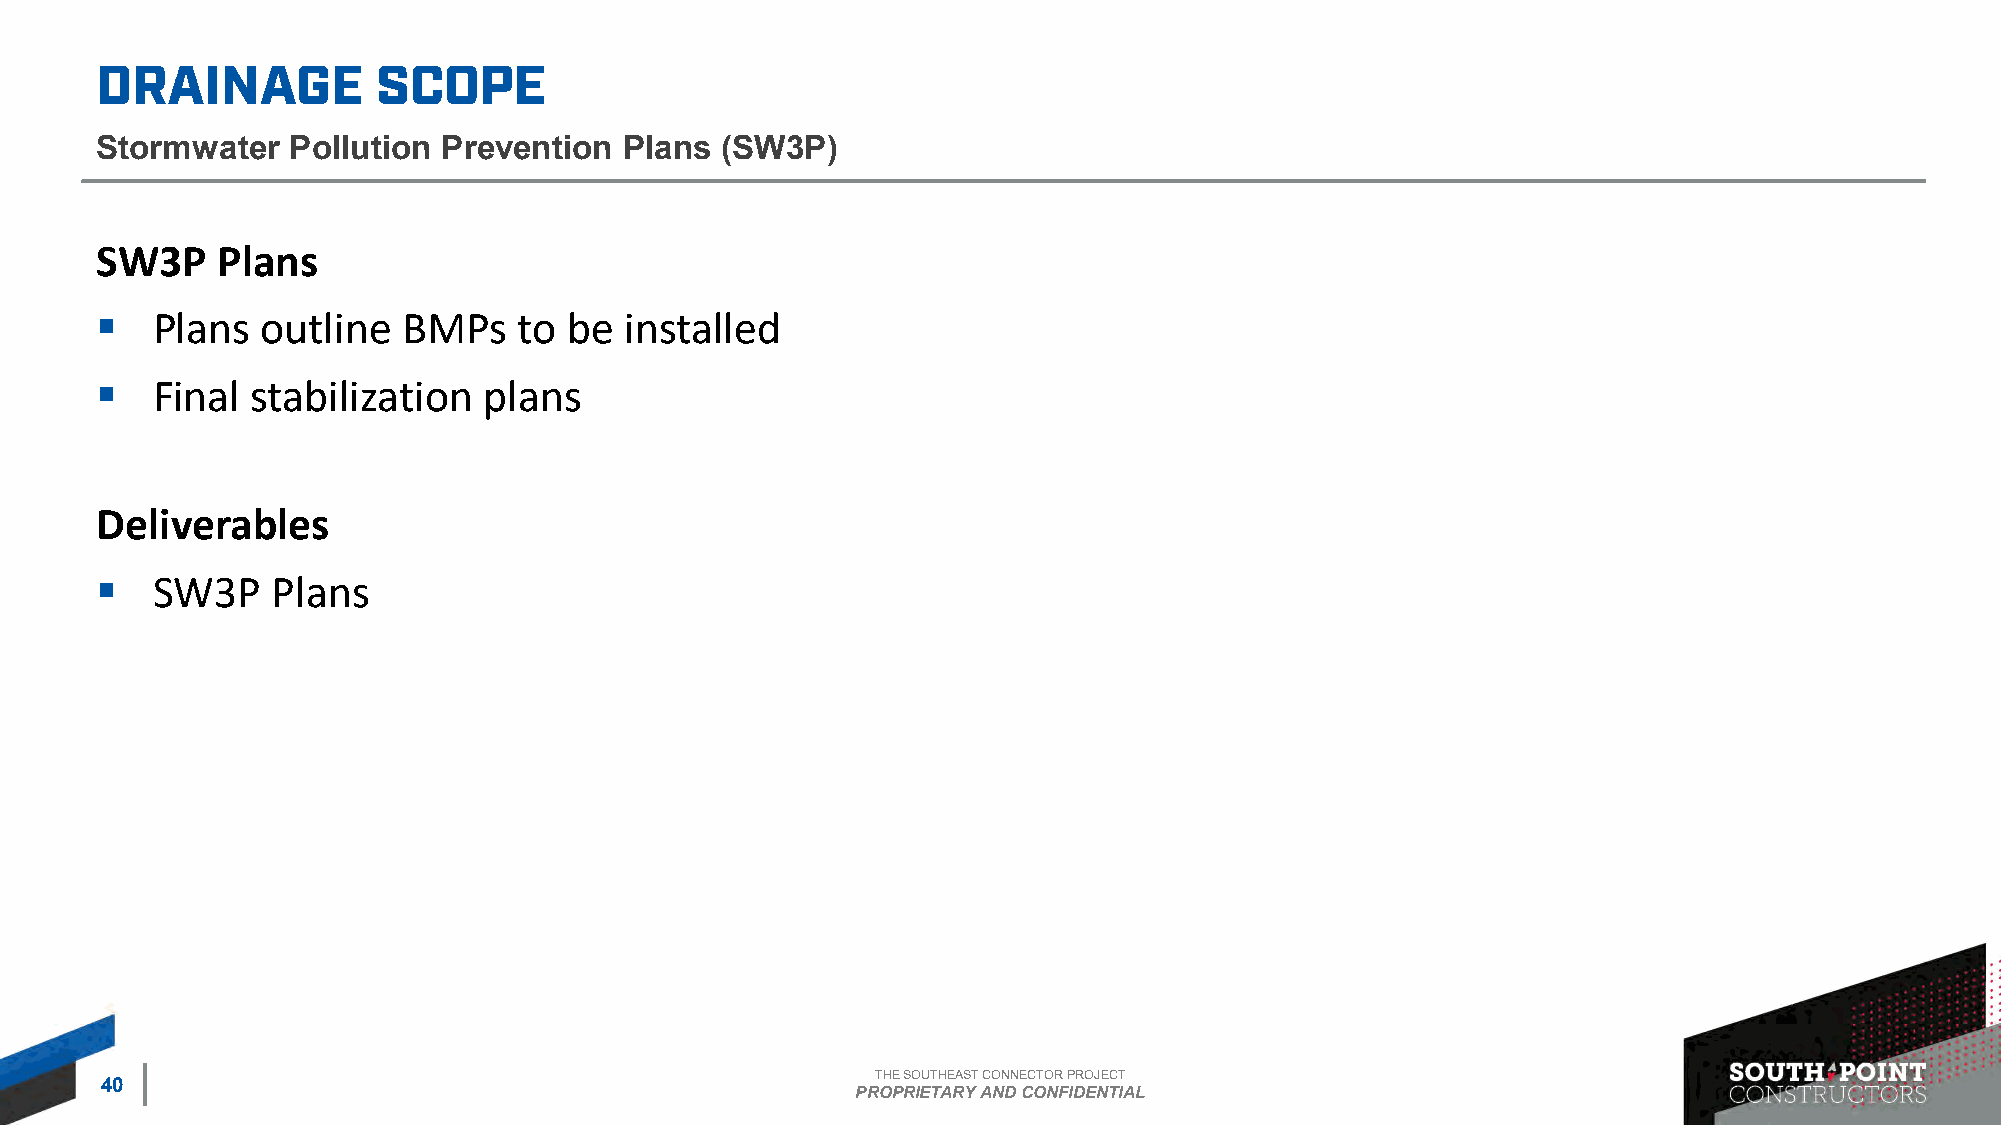
Stormwater   Pollution Prevention  Plans  (SW3P)
 SW3P    Plans
 ▪   Plans  outline   BMPs   to  be installed
 ▪   Final  stabilization  plans
 Deliverables
 ▪   SW3P    Plans
 THE SOUTHEAST CONNECTOR PROJECT
 40
 PROPRIETARY AND CONFIDENTIAL